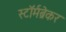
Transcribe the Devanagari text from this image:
स्टॉर्मब्रेकर